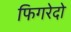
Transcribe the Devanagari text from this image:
फिगरेदो